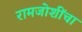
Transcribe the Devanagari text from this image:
रामजोशींचा